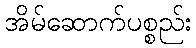
အိမ်ဆောက်ပစ္စည်း